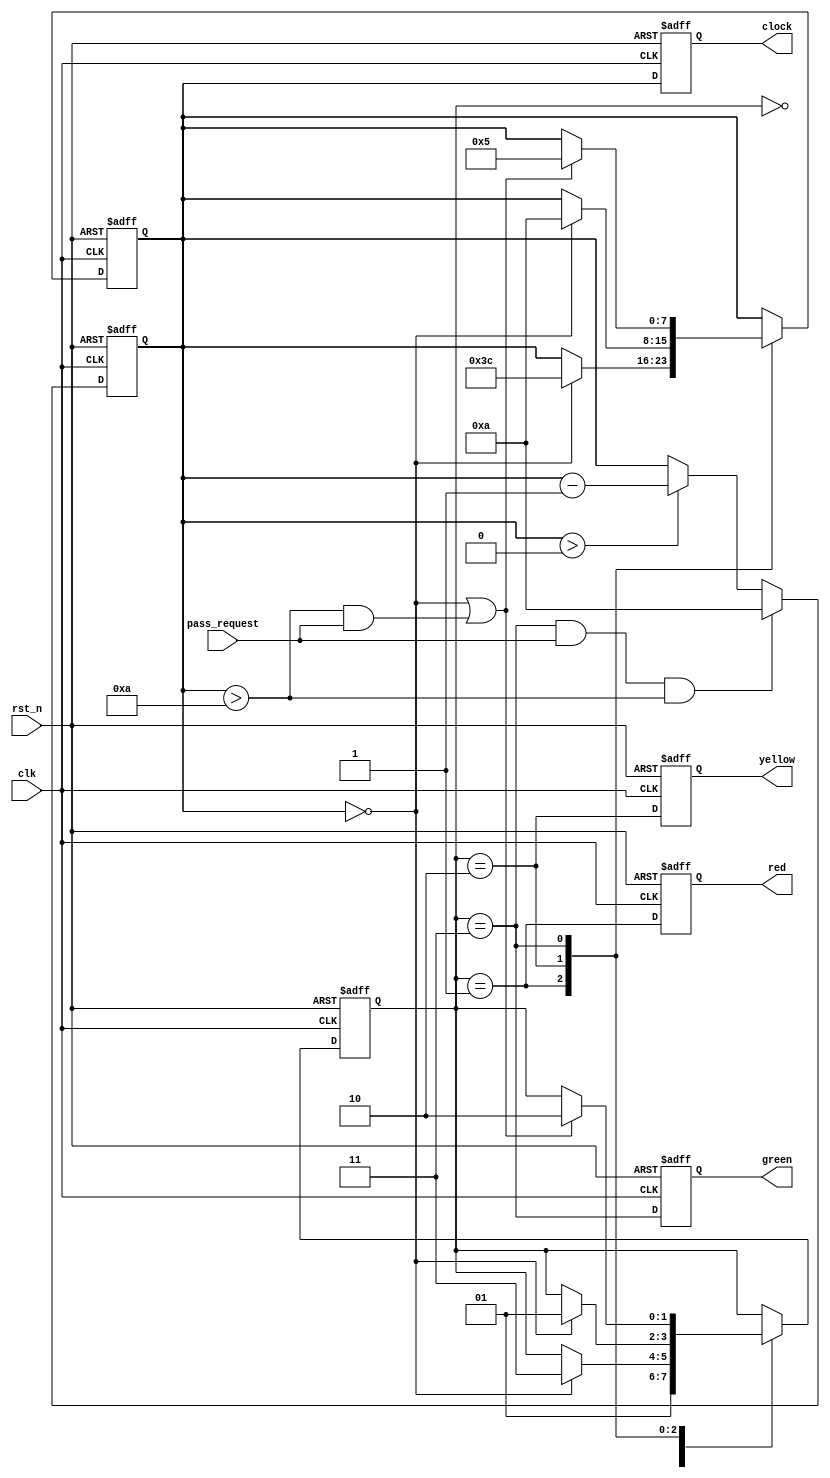
module traffic_light (
    input clk,
    input rst_n,
    input pass_request,
    output reg [7:0] clock,
    output reg red,
    output reg yellow,
    output reg green
);

    // State parameters
    parameter idle      = 2'b00,
              s1_red    = 2'b01,
              s2_yellow = 2'b10,
              s3_green  = 2'b11;

    // Internal counter and state
    reg [7:0] cnt;
    reg [1:0] state;

    // Next state logic
    always @(posedge clk or negedge rst_n) begin
        if (!rst_n) begin
            state <= idle;
            cnt <= 8'd60; // Start with green light duration
        end else begin
            case (state)
                idle: begin
                    state <= s1_red;
                end
                s1_red: begin
                    if (cnt == 0) begin
                        state <= s3_green;
                        cnt <= 8'd60; // Green light duration
                    end
                end
                s2_yellow: begin
                    if (cnt == 0) begin
                        state <= s1_red;
                        cnt <= 8'd10; // Red light duration
                    end
                end
                s3_green: begin
                    if (cnt == 0 || (cnt > 8'd10 && pass_request)) begin
                        state <= s2_yellow;
                        cnt <= 8'd5; // Yellow light duration
                    end
                end
                default: state <= idle;
            endcase
        end
    end

    // Counter logic
    always @(posedge clk or negedge rst_n) begin
        if (!rst_n) begin
            cnt <= 8'd60; // Reset to green light duration
        end else if (state == s3_green && pass_request && cnt > 8'd10) begin
            cnt <= 8'd10; // Shorten green if pedestrian button is pressed
        end else if (cnt > 0) begin
            cnt <= cnt - 1; // Decrement counter
        end
    end

    // Output logic
    always @(posedge clk or negedge rst_n) begin
        if (!rst_n) begin
            red <= 1'b0;
            yellow <= 1'b0;
            green <= 1'b0;
        end else begin
            // Set outputs based on state
            red <= (state == s1_red);
            yellow <= (state == s2_yellow);
            green <= (state == s3_green);
        end
    end

    // Assign internal counter to output
    always @(posedge clk or negedge rst_n) begin
        if (!rst_n) begin
            clock <= 8'd0;
        end else begin
            clock <= cnt;
        end
    end

endmodule